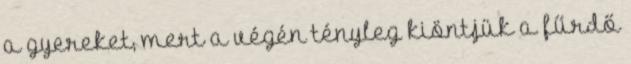
a gyereket, mert a végén tényleg kiöntjük a fűrdő